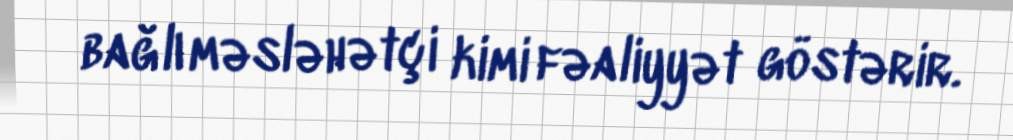
bağlı məsləhətçi kimi fəaliyyət göstərir.